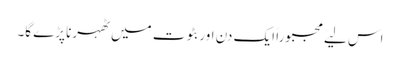
اس لیے مجبوراً ایک دن اور بٹوت میں ٹھہرنا پڑے گا۔